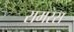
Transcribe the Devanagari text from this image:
रामरस